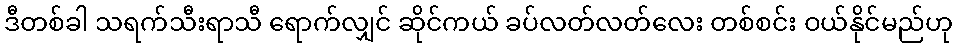
ဒီတစ်ခါ သရက်သီးရာသီ ရောက်လျှင် ဆိုင်ကယ် ခပ်လတ်လတ်လေး တစ်စင်း ဝယ်နိုင်မည်ဟု